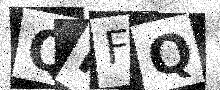
Text: QRFQ